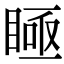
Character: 𥈂